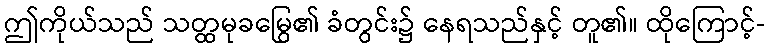
ဤကိုယ်သည် သတ္ထမုခမြွေ၏ ခံတွင်း၌ နေရသည်နှင့် တူ၏။ ထိုကြောင့်-